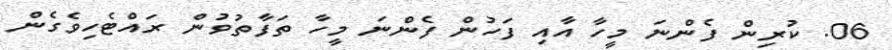
06. ކުރިން ފެންނަ މީހާ އާއި ފަހުން ފެންނަ މީހާ ތަފާތުވުން ރައްޓެހިވެގެން